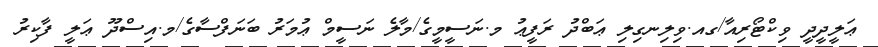
ޢަލީދީދީ ވިކްޓޯރިއާ/ގއ.ވިލިނގިލި ޢަބްދު ރަފީޢު މ.ނަސީމީގެ/މާލެ ނަސީމް ޢުމަރު ބަނަފްސާގެ/މ.އިސްދޫ ޢަލީ ފާކިރު